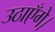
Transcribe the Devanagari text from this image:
उठाएँगे।